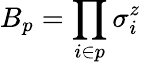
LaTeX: B_{p}=\prod_{i\in p}\sigma_{i}^{z}